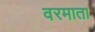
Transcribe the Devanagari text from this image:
वरमाता